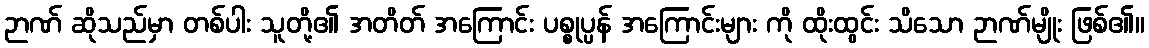
ဉာဏ် ဆိုသည်မှာ တစ်ပါး သူတို့၏ အတိတ် အကြောင်း ပစ္စုပ္ပန် အကြောင်းများ ကို ထိုးထွင်း သိသော ဉာဏ်မျိုး ဖြစ်၏။